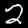
Label: 2